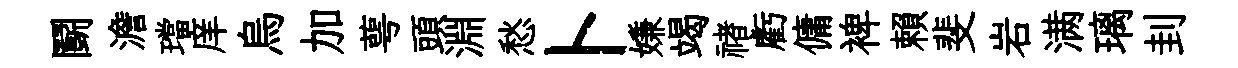
鬬澹璫庠烏加萼頭淵愁卜嫌竭禇虧傭裨賴斐岩满璃刲